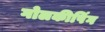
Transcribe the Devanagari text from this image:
गोलकीपिंग